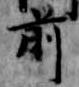
前